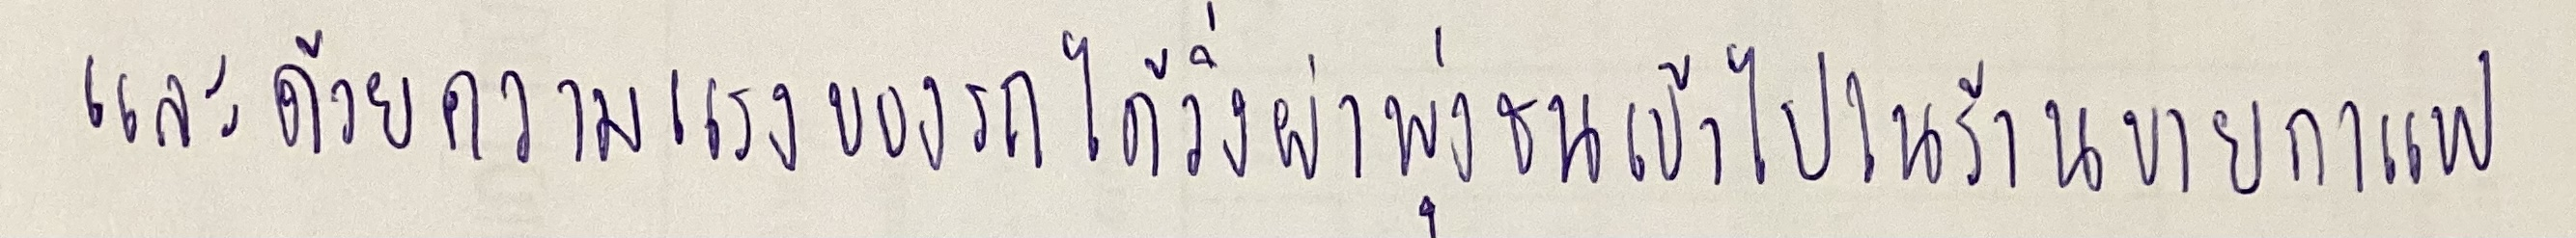
และด้วยความแรงของรถได้วิ่งผ่าพุ่งชนเข้าไปในร้านขายกาแฟ